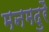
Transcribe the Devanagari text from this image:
मनमदुरै